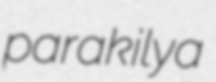
parakilya